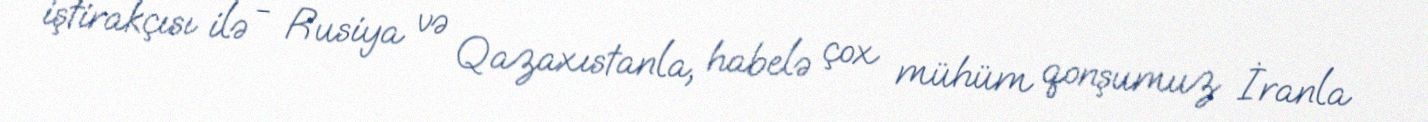
iştirakçısı ilə - Rusiya və Qazaxıstanla, habelə çox mühüm qonşumuz İranla